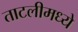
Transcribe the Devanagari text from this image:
ताटलीमध्ये